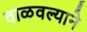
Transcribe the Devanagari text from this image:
वाळवल्याने